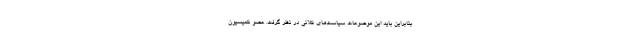
بنابراین باید این موضوعات سیاست‌های کلانی در نظر گرفت. عضو کمیسیون